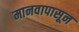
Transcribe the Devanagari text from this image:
मानवापासून